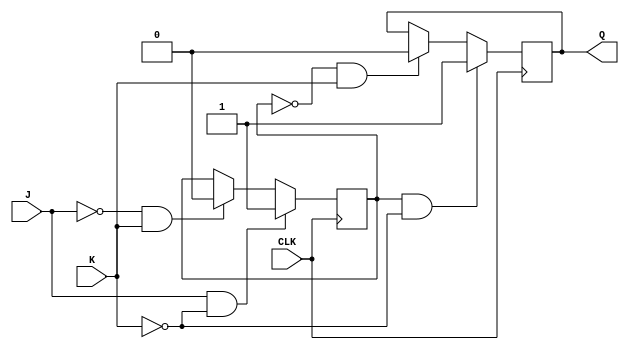
module jk_latch (
    input J, K, CLK,
    output reg Q
);

reg Q1, Q2;

always @(posedge CLK) begin
    if (J && !K)
        Q1 <= 1;
    else if (!J && K)
        Q1 <= 0;

    if (Q1 && !K)
        Q2 <= 1;
    else if (!Q1 && K)
        Q2 <= 0;
end

assign Q = Q2;

endmodule